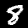
Digit: 8